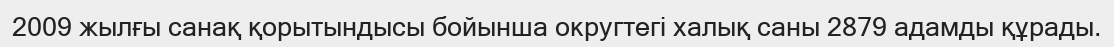
2009 жылғы санақ қорытындысы бойынша округтегі халық саны 2879 адамды құрады.